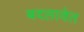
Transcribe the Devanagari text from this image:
बदलावेत